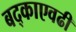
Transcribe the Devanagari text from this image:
बद्काएवढी